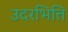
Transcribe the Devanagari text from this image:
उदरभित्ति